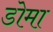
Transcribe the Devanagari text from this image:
डोमा